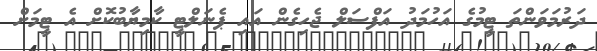
ދަރުމަވަންތަ ޓީމުގެ އަހުމަދު އަފްސަލް ޖެހިގެން އައި ޕެނަލްޓީ ކާމިޔާބުކޮށް އެ ޓީމަށް